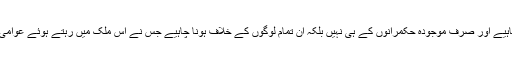
احتساب ہونا چاہیے اور صرف موجودہ حکمرانوں کے ہی نہیں بلکہ ان تمام لوگوں کے خلاف ہونا چاہیے جس نے اس ملک میں رہتے ہوئے عوامی پیسہ لوٹا ہے۔